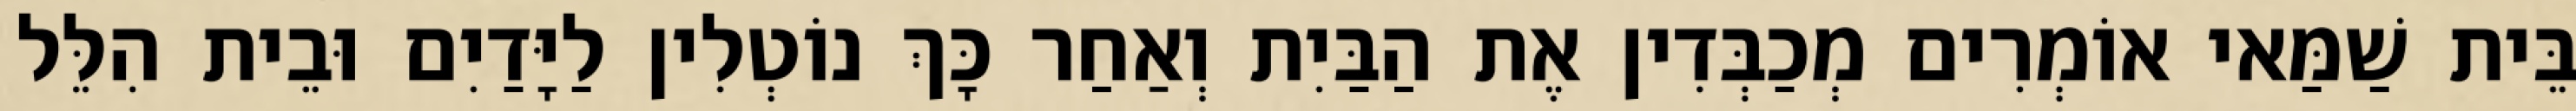
בֵּית שַׁמַּאי אוֹמְרִים מְכַבְּדִין אֶת הַבַּיִת וְאַחַר כָּךְ נוֹטְלִין לַיָּדַיִם וּבֵית הִלֵּל